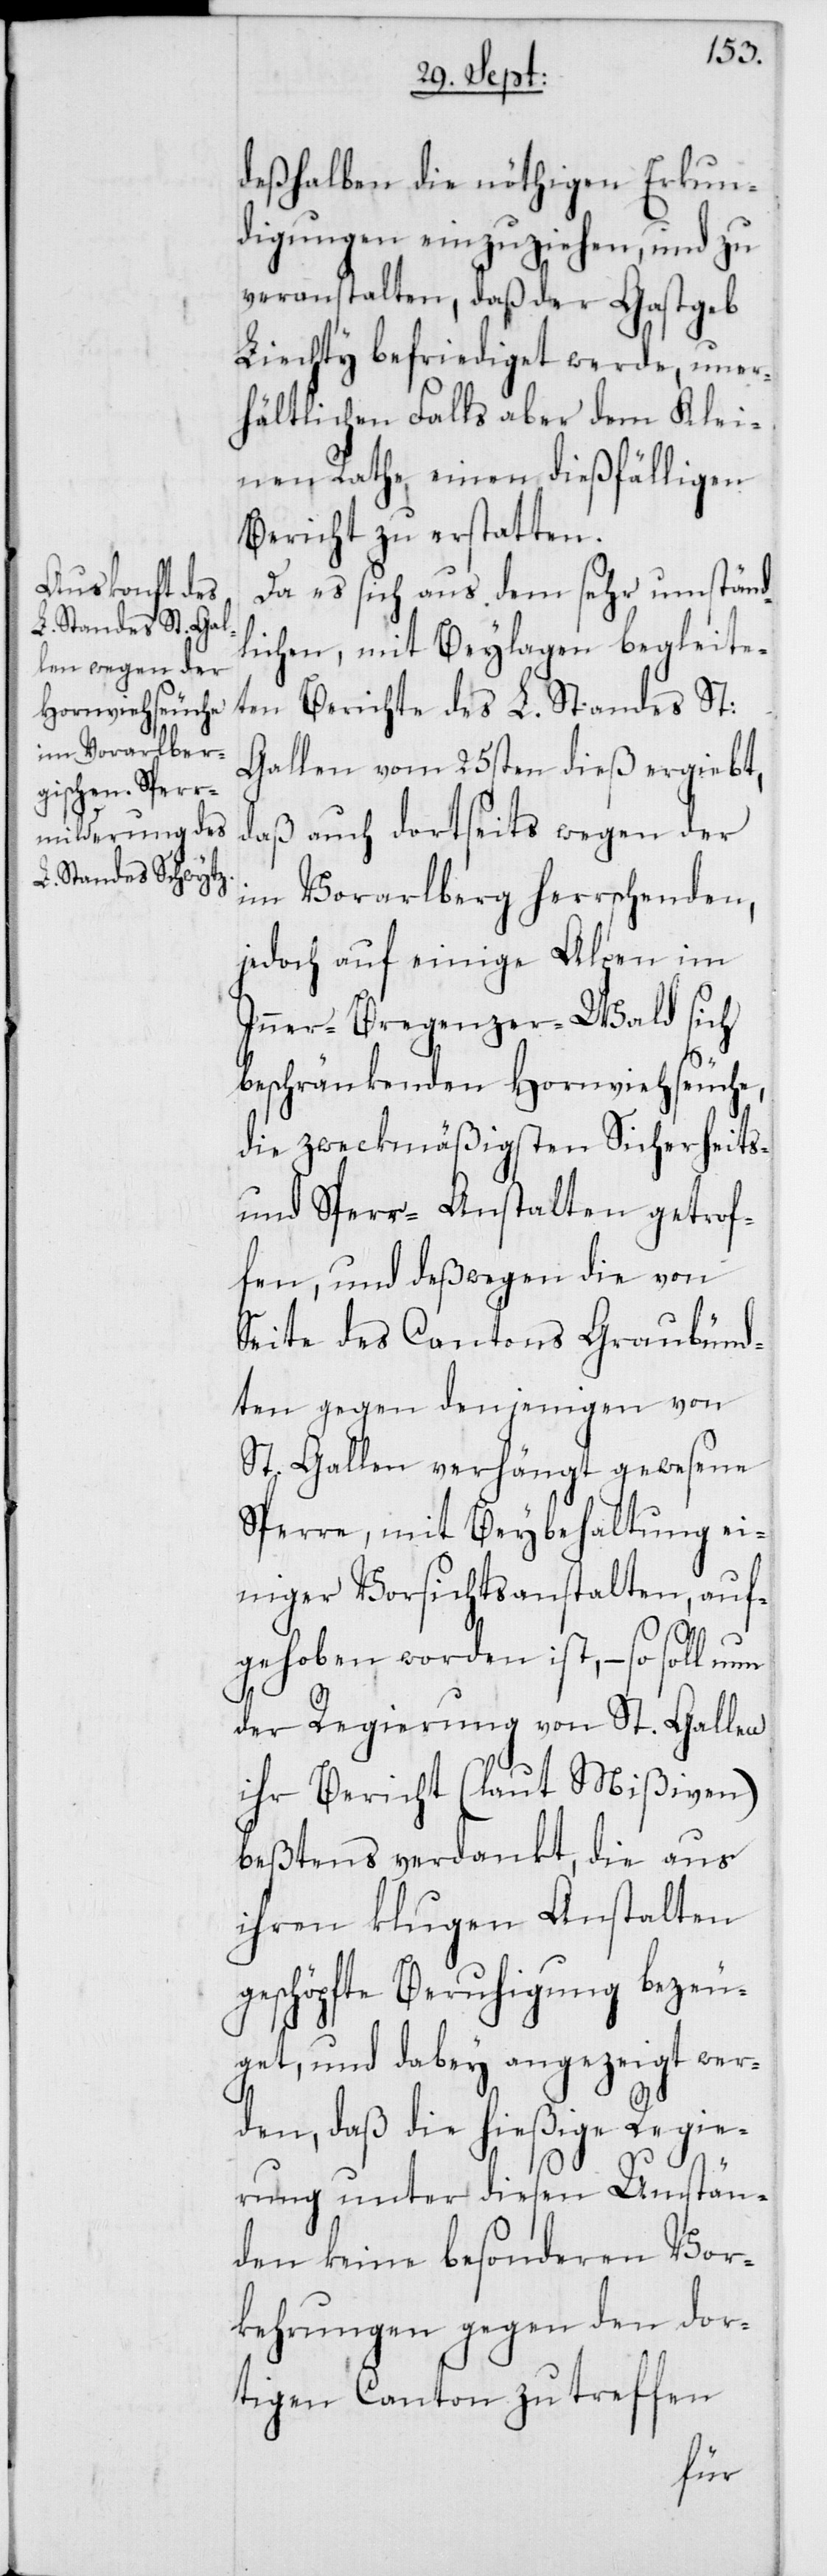
deßhalben die nöthigen Erkun¬
digungen einzuziehen, und zu
veranstalten, daß der Gastgeb
Liechty befriediget werde, uner¬
hältlichen Falls aber dem Klei¬
nen Rathe einen dießfälligen
Bericht zu erstatten.
Da es sich aus dem sehr umständ¬
lichen, mit Beylagen begleite¬
ten Berichte des L. Standes St:
Gallen vom 25sten dieß ergiebt,
daß auch dortseits wegen der
im Vorarlberg herrschenden,
jedoch auf einige Alpen im
Inner-Bregenzer-Wald sich
beschränkenden Hornviehseuche,
die zweckmäßigsten Sicherheits-
und Sperr-Anstalten getrof¬
fen, und deßwegen die von
Seite des Cantons Graubünd¬
ten gegen denjenigen von
St. Gallen verhängt gewesene
Sperre, mit Beybehaltung ei¬
niger Vorsichtsanstalten, auf¬
gehoben worden ist, – so soll nun
der Regierung von St. Gallen
ihr Bericht (laut Mißiven)
bestens verdankt, die aus
ihren klugen Anstalten
geschöpfte Beruhigung bezeu¬
get, und dabey angezeigt wer¬
den, daß die hießige Regie¬
rung unter diesen Umstän¬
den keine besonderen Vor¬
kehrungen gegen den dor¬
tigen Canton zu treffen